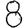
Digit: 8